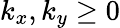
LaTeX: k_{x},k_{y}\ge 0